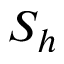
S _ { h }